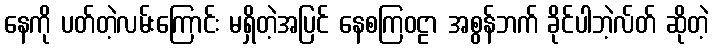
နေကို ပတ်တဲ့လမ်းကြောင်း မရှိတဲ့အပြင် နေစကြဝဠာ အစွန်ဘက် ခိုင်ပါဘဲ့လ်တ် ဆိုတဲ့